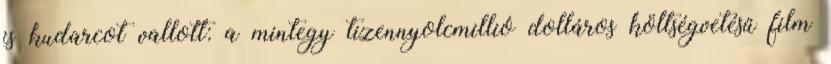
is kudarcot vallott: a mintegy tizennyolcmillió dolláros költségvetésű film